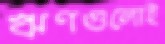
ঋণগুলোই